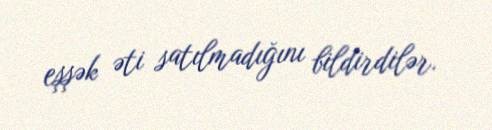
eşşək əti satılmadığını bildirdilər.